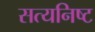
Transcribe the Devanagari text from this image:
सत्यनिष्ट